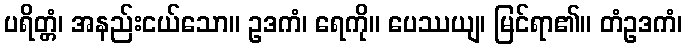
ပရိတ္တံ၊ အနည်းငယ်သော။ ဥဒကံ၊ ရေကို။ ပေဿယျ၊ မြင်ရာ၏။ တံဥဒကံ၊